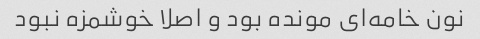
نون خامه‌ای مونده بود و اصلا خوشمزه نبود